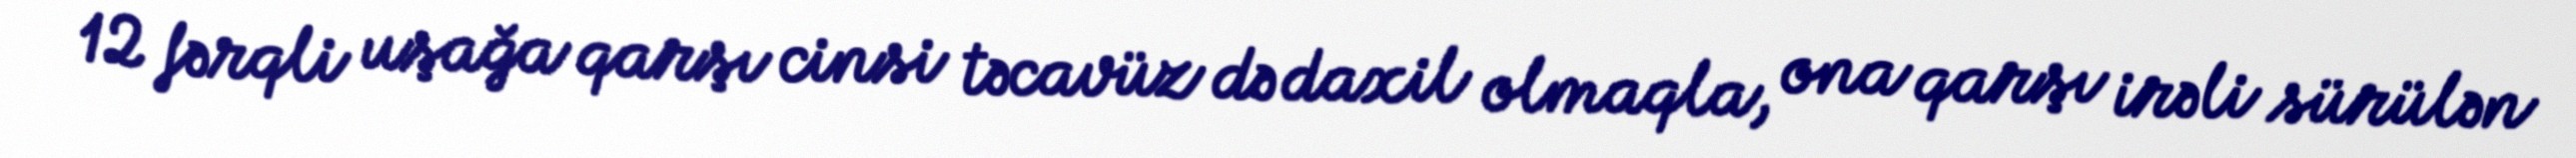
12 fərqli uşağa qarşı cinsi təcavüz də daxil olmaqla, ona qarşı irəli sürülən